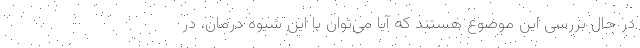
در حال بررسی این موضوع هستند که آیا می‌توان با این شیوه درمان، در